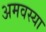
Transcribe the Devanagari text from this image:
अमवस्या